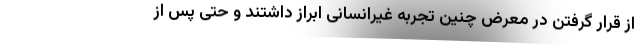
از قرار گرفتن در معرض چنین تجربه غیرانسانی ابراز داشتند و حتی پس از